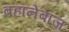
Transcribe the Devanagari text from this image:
बहानेबाज